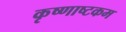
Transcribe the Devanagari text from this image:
कृष्णाष्टकम